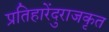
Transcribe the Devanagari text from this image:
प्रतिहारेंदुराजकृत